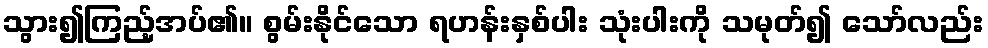
သွား၍ကြည့်အပ်၏။ စွမ်းနိုင်သော ရဟန်းနှစ်ပါး သုံးပါးကို သမုတ်၍ သော်လည်း